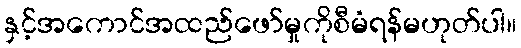
နှင့်အကောင်အထည်ဖော်မှုကိုစီမံရန်မဟုတ်ပါ။